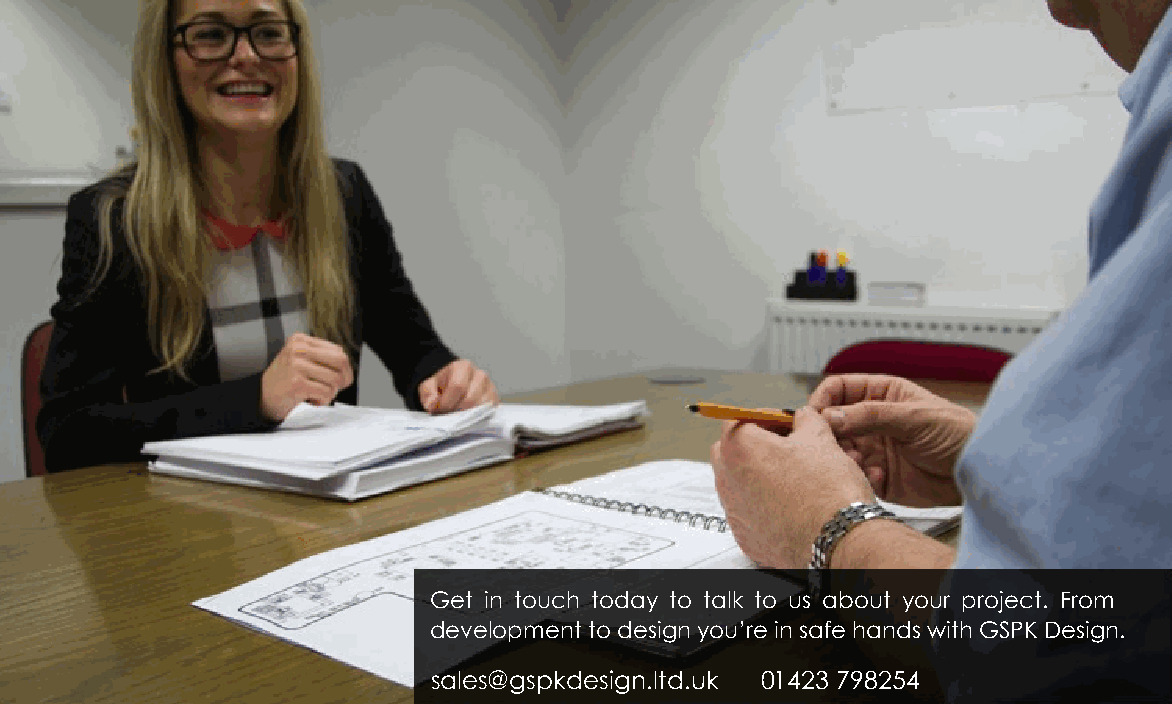
Get in touch today to talk to us about your project. From
 development to design you’re in safe hands with GSPK Design.
 sales@gspkdesign.ltd.uk 01423 798254